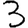
Digit: 3